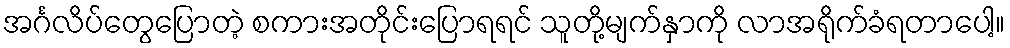
အင်္ဂလိပ်တွေပြောတဲ့ စကားအတိုင်းပြောရရင် သူတို့မျက်နှာကို လာအရိုက်ခံရတာပေါ့။